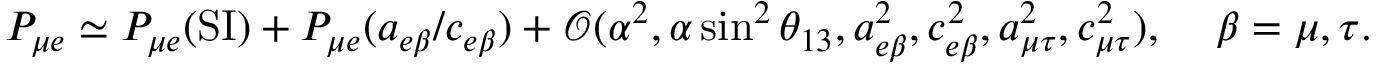
\begin{array} { r } { \centering P _ { \mu e } \simeq P _ { \mu e } ( \mathrm { S I } ) + P _ { \mu e } ( a _ { e \beta } / c _ { e \beta } ) + \mathcal { O } ( \alpha ^ { 2 } , \alpha \sin ^ { 2 } \theta _ { 1 3 } , a _ { e \beta } ^ { 2 } , c _ { e \beta } ^ { 2 } , a _ { \mu \tau } ^ { 2 } , c _ { \mu \tau } ^ { 2 } ) , \, \, \, \, \, \, \, \beta = \mu , \tau . } \end{array}